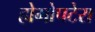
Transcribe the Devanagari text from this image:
होमोपटेरा